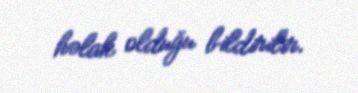
həlak olduğu bildirilir.